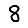
Digit: 8